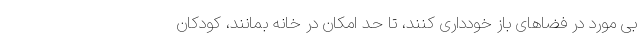
بی مورد در فضاهای باز خودداری کنند، تا حد امکان در خانه بمانند، کودکان